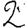
Digit: 2